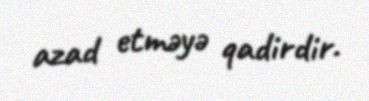
azad etməyə qadirdir.